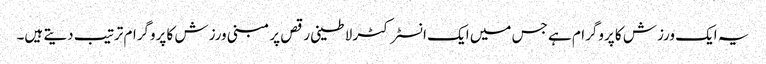
یہ ایک ورزش کا پروگرام ہے جس میں ایک انسٹرکٹر لاطینی رقص پر مبنی ورزش کا پروگرام ترتیب دیتے ہیں۔